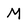
Character: M